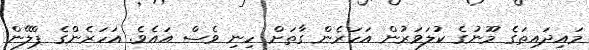
މައިދައިތަގެ މޫނުގެ ކުލަވަރުން އަހަރެން ގާތަށް ހިނި ވެސް އައެވެ. އަހަރެންގެ ޕްލޭން